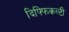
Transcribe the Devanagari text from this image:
दिफ्फिकल्टी